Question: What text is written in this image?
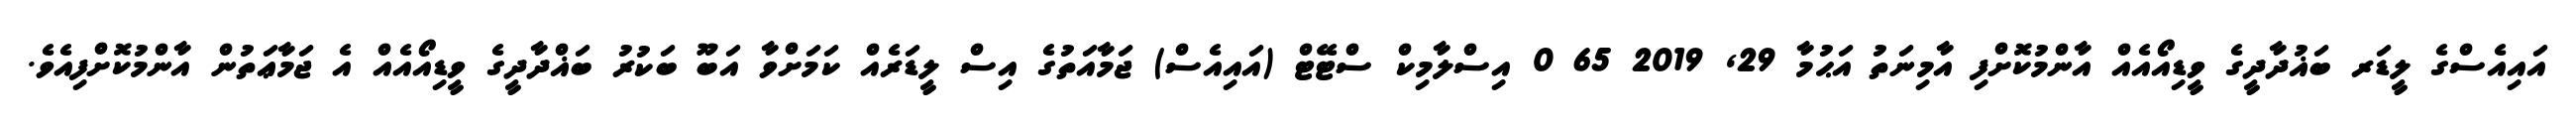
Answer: އައިއެސްގެ ލީޑަރ ބަޣުދާދީގެ ވީޑިއޯއެއް އާންމުކޮށްފި އާމިނަތު އަޙުމާ 29, 2019 65 0 އިސްލާމިކް ސްޓޭޓް (އައިއެސް) ޖަމާއަތުގެ އިސް ލީޑަރެއް ކަމަށްވާ އަބޫ ބަކުރު ބަޣްދާދީގެ ވީޑިއޯއެއް އެ ޖަމާޢަތުން އާންމުކޮށްފިއެވެ.